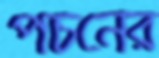
পচনের